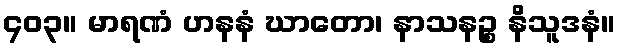
၄၀၃။ မာရဏံ ဟနနံ ဃာတော၊ နာသနဉ္စ နိသူဒနံ။